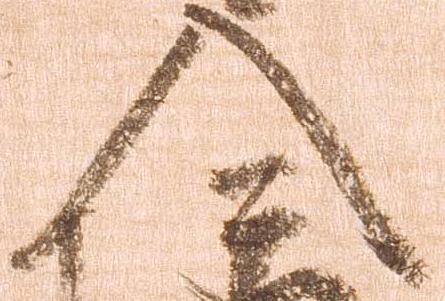
入